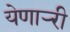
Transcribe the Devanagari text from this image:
येणार्‍री